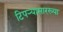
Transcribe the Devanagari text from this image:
टिपर्‍यासारख्या